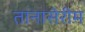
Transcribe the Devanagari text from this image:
तानासेरीम